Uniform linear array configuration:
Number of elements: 32
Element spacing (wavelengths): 0.25
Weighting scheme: cosine
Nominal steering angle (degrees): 60
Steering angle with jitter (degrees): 58.252
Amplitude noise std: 0.05
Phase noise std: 0.05

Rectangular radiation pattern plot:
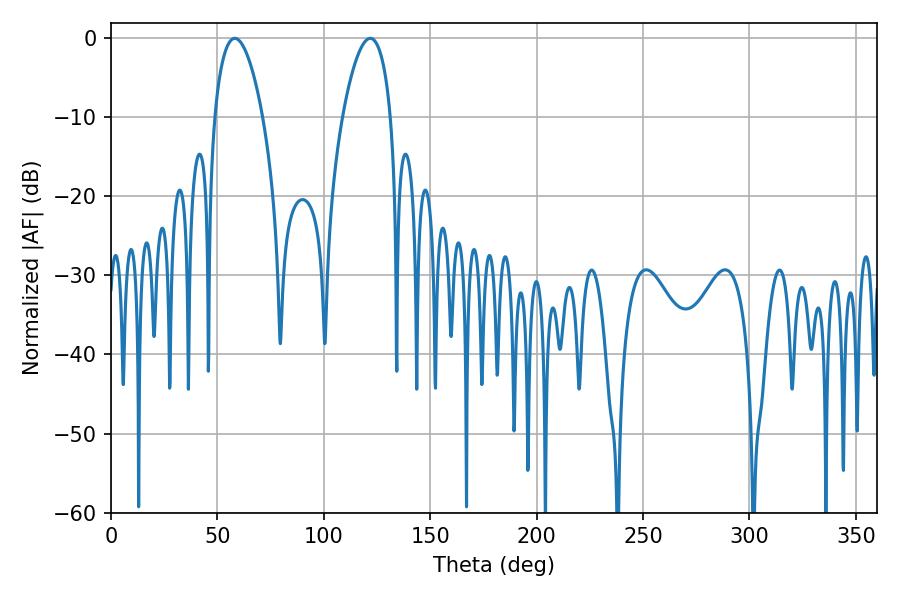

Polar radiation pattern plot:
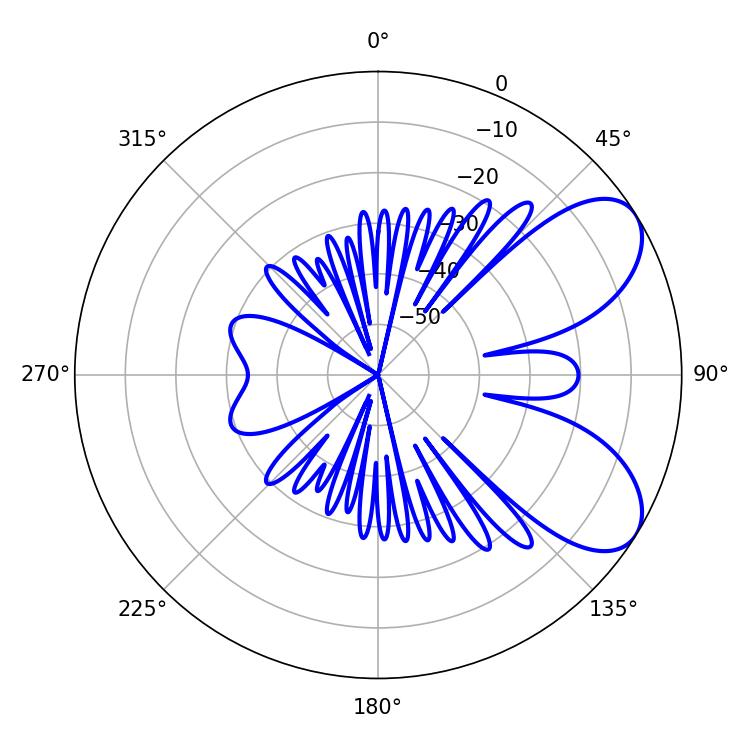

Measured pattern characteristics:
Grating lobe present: FALSE
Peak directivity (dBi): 6.934
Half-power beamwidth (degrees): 12.78
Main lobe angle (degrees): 58.14